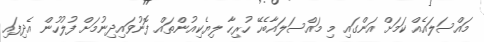
މައްސަލައެއް ކަމަށް އަންގައި މި މައްސަލައާބެހޭ ހުރިހާ ލިޔެކިއުންތައް ފޮނުވައިދިނުމަށް ފުލުހުން އެދިފައި